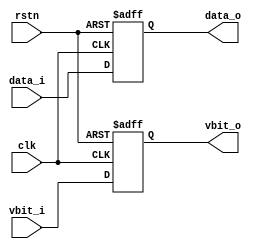
module RegFile #(
    parameter                   Width = 20
)   (
    input   wire                clk,
    input   wire                rstn,
    input   wire                vbit_i,
    input   wire    [Width-1:0] data_i,
    output  wire    [Width-1:0] data_o,
    output  wire                vbit_o
);

//------------------------------------------------
//  VALID BIT REGISTER
//------------------------------------------------

reg             vbit_reg;

always@(posedge clk or negedge rstn) begin
    if(~rstn)
        vbit_reg    <=  1'b0;
    else
        vbit_reg    <=  vbit_i; 
end

//------------------------------------------------
//  DATA REGISTER
//------------------------------------------------

reg [Width-1:0] data_reg;

always@(posedge clk or negedge rstn) begin
    if(~rstn)
        data_reg    <=  0;
    else
        data_reg    <=  data_i;
end

//------------------------------------------------
//  OUTPUT NET
//------------------------------------------------

assign  data_o  =   data_reg;
assign  vbit_o  =   vbit_reg;

endmodule